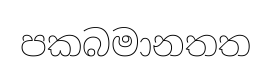
පකබමානතත